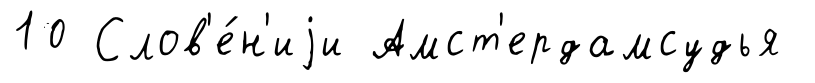
10 Слов'е́н'иjи Амст'ердамсудья